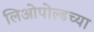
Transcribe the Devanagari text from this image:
लिओपोल्डच्या